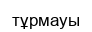
тұрмауы